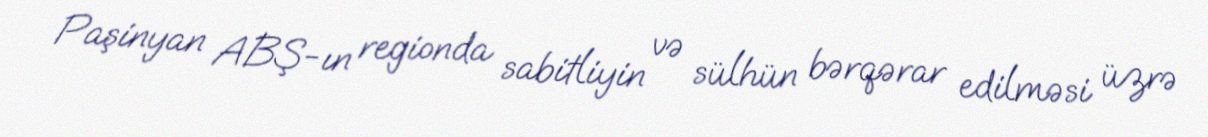
Paşinyan ABŞ-ın regionda sabitliyin və sülhün bərqərar edilməsi üzrə